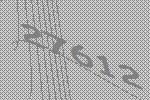
27612